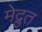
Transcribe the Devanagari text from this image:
मेद्रुत